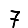
Digit: 7